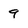
Character: 9